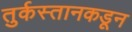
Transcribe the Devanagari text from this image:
तुर्कस्तानकडून